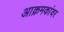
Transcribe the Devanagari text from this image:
आक्रमकांवर